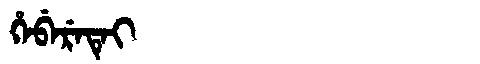
Manchu: ᡥᡝᠪᡝᡵᡝᡨᡝᡳ
Romanization: HEBERETEI